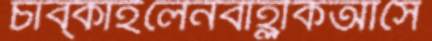
চাব্‌কাইলেনবাহ্লীকআসে